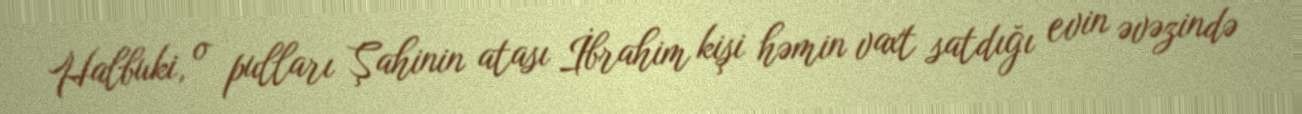
Halbuki, o pulları Şahinin atası İbrahim kişi həmin vaxt satdığı evin əvəzində